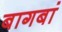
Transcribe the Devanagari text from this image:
बागबां